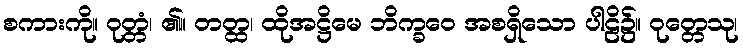
စကားကို။ ဝုတ္တံ၊ ၏။ တတ္ထ၊ ထိုအဋ္ဌိမေ ဘိက္ခဝေ အစရှိသော ပါဠိ၌။ ဝုတ္တေသု၊